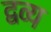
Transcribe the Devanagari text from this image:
द्वव्य